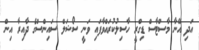
އަދި އޭނާ މާސްޓާސް ޑިގްރީ ހާސިލުކުރައްވާފައި ވަނީ ސޯޝަލް ސައިންސްގެ ދާއިރާ އިން